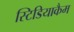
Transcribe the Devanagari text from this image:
स्टिडियाकैम